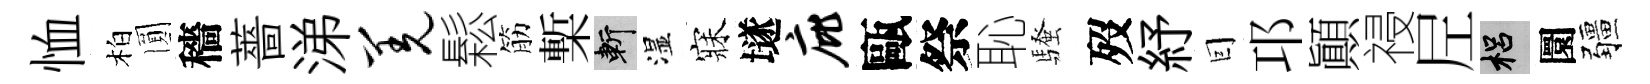
恤柏圎穡薔涕羌鬆筋槧斬湿寐𡑞庇甌祭恥騷歿紓囙邛顚祲𡰱梠圜疆